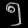
Digit: ၅